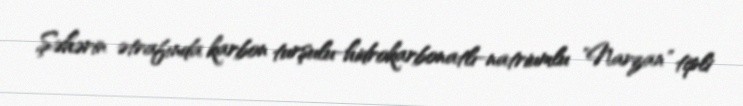
Şəhərin ətrafında karbon turşulu-hidrokarbonatlı-natriumlu "Narzan" tipli